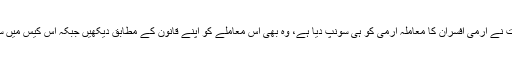
چیف جسٹس نے ریمارکس دیئے کہ حکومت نے آرمی افسران کا معاملہ آرمی کو ہی سونپ دیا ہے، وہ بھی اس معاملے کو اپنے قانون کے مطابق دیکھیں جبکہ اس کیس میں سویلینز کا معاملہ ایف آئی اے دیکھ رہی ہے۔